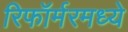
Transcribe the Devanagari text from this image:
रिफॉर्मरमध्ये